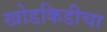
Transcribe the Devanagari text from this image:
खोडकिडीचा